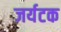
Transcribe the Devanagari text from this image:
जर्यटक